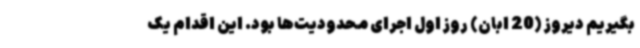
بگیریم دیروز (20 ابان) روز اول اجرای محدودیت‌ها بود. این اقدام یک